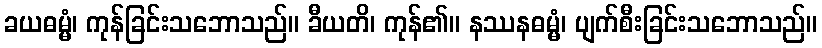
ခယဓမ္မံ၊ ကုန်ခြင်းသဘောသည်။ ခီယတိ၊ ကုန်၏။ နဿနဓမ္မံ၊ ပျက်စီးခြင်းသဘောသည်။